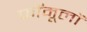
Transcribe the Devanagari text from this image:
फॉमूलों